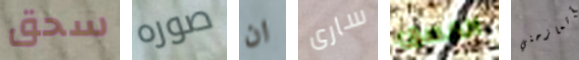
سحق صوره ان سارى الغسق أتمازحني